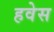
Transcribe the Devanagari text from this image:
हवेस